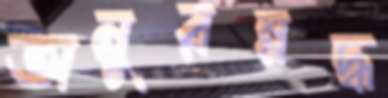
অনুরম্নদ্ধ